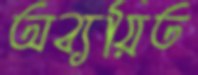
অব্যয়িত